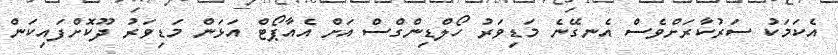
އެކަމަކު ސަރުކާރަށްވެސް އެނގޭނެ މަޑިވަރު ހޯލްޑިންގްސް އަށް އެއާޕޯޓް އަޅަން މަޑިވަރު ދޫކޮށްފައިކަން